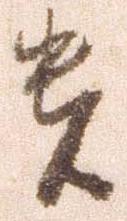
貴